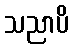
သညာပိ